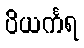
ပိယင်္ကရ